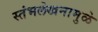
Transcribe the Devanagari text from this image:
स्तंभलेखनामुळे